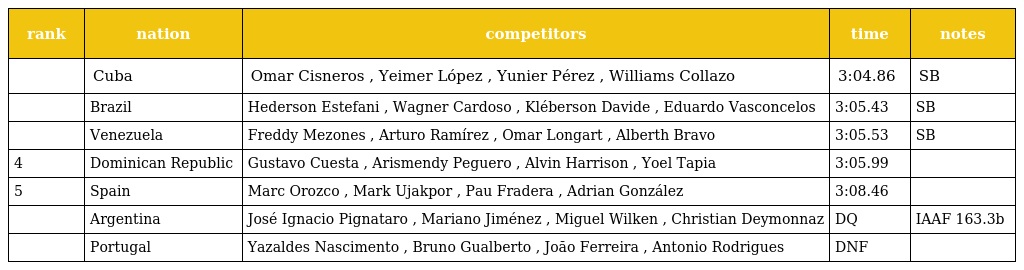
| rank | nation | competitors | time | notes |
 | --- | --- | --- | --- | --- |
 |  | Cuba | Omar Cisneros , Yeimer López , Yunier Pérez , Williams Collazo | 3:04.86 | SB |
 |  | Brazil | Hederson Estefani , Wagner Cardoso , Kléberson Davide , Eduardo Vasconcelos | 3:05.43 | SB |
 |  | Venezuela | Freddy Mezones , Arturo Ramírez , Omar Longart , Alberth Bravo | 3:05.53 | SB |
 | 4 | Dominican Republic | Gustavo Cuesta , Arismendy Peguero , Alvin Harrison , Yoel Tapia | 3:05.99 |  |
 | 5 | Spain | Marc Orozco , Mark Ujakpor , Pau Fradera , Adrian González | 3:08.46 |  |
 |  | Argentina | José Ignacio Pignataro , Mariano Jiménez , Miguel Wilken , Christian Deymonnaz | DQ | IAAF 163.3b |
 |  | Portugal | Yazaldes Nascimento , Bruno Gualberto , Joăo Ferreira , Antonio Rodrigues | DNF |  |